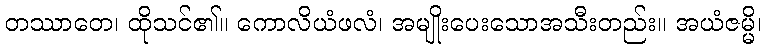
တဿာတေ၊ ထိုသင်၏။ ကောလိယံဖလံ၊ အမျိုးပေးသောအသီးတည်း။ အယံဇမ္မိ၊